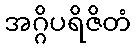
အဂ္ဂိပရိဇိတံ